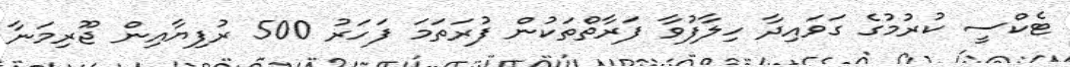
ޓެކްސީ ކުރުމުގެ ގަވައިދާ ހިލާފުވާ ފަރާތްތަކުން ފުރަތަމަ ފަހަރު 500 ރުފިޔާއިން ޖޫރިމަނާ